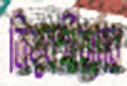
নিম্নবর্গীয়দের